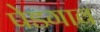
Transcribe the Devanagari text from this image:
पेडगाव